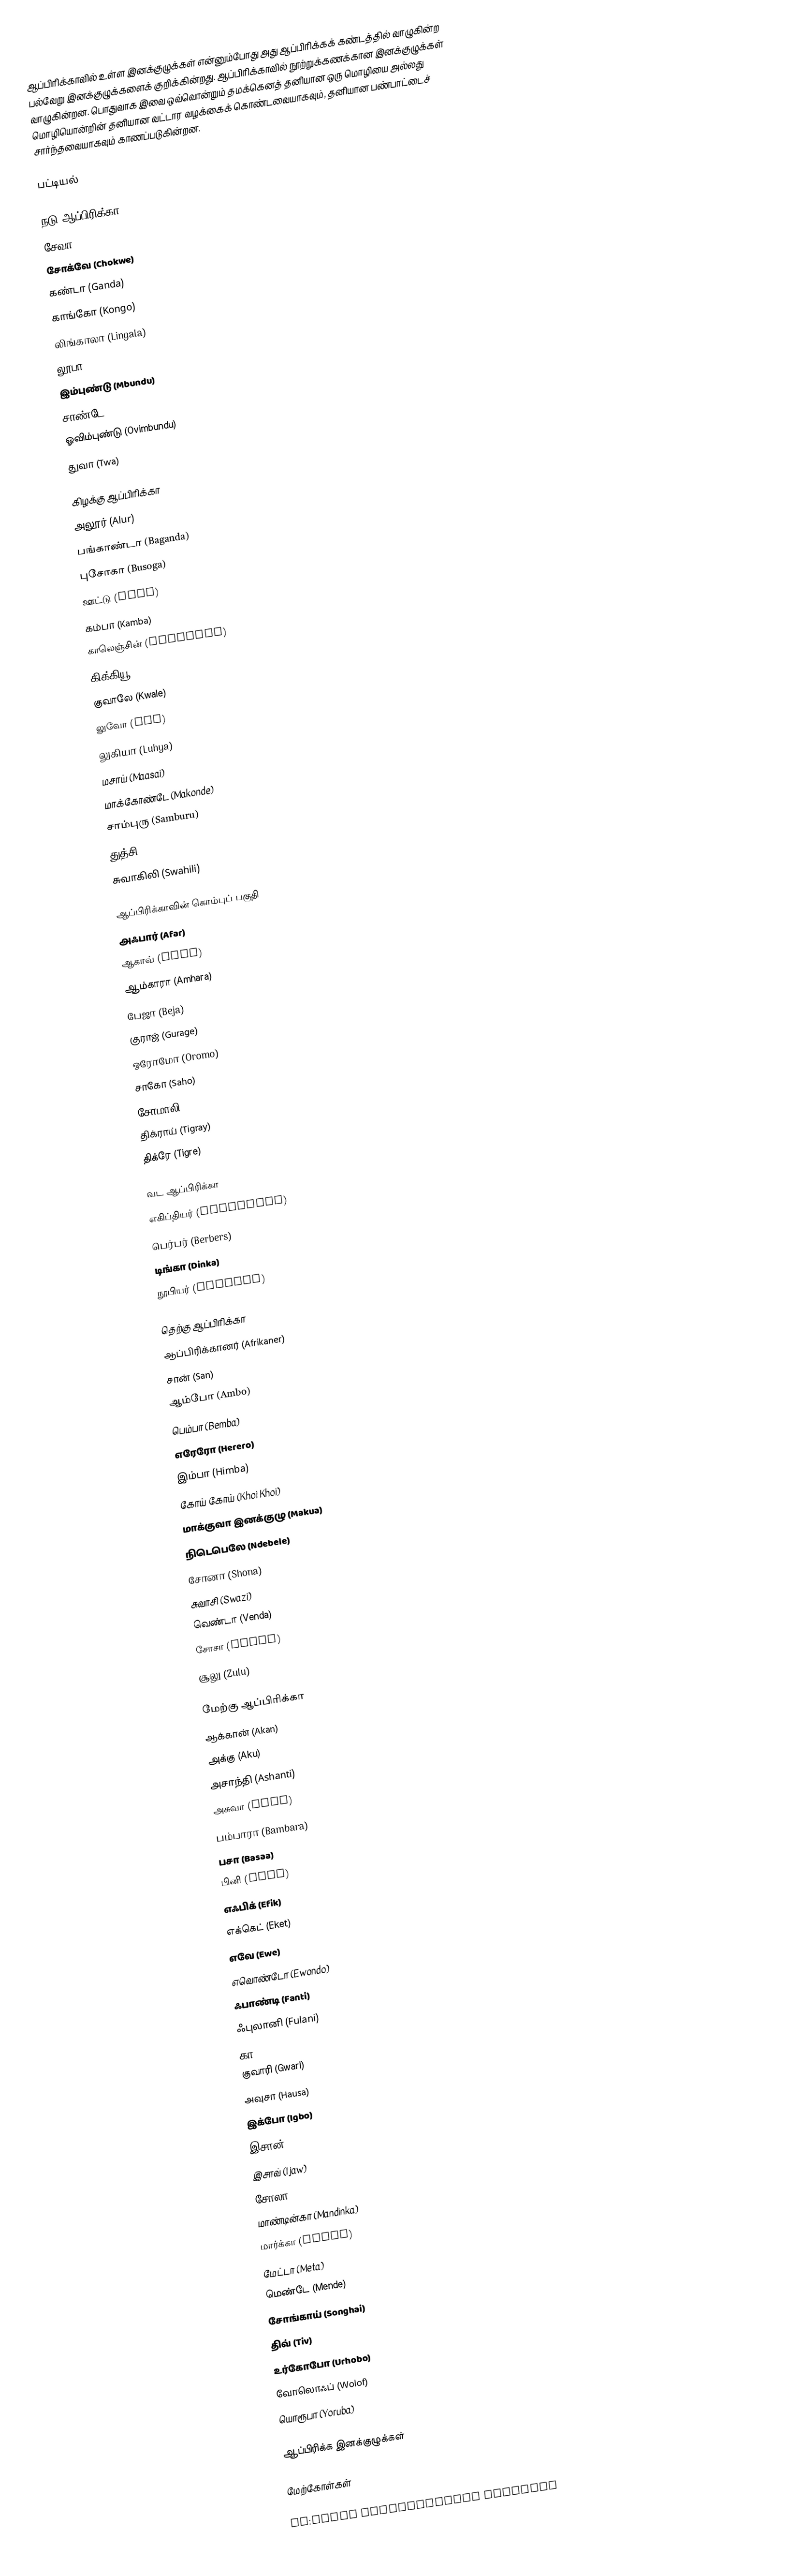
ஆப்பிரிக்காவில் உள்ள இனக்குழுக்கள் என்னும்போது அது ஆப்பிரிக்கக் கண்டத்தில் வாழுகின்ற பல்வேறு இனக்குழுக்களைக் குறிக்கின்றது. ஆப்பிரிக்காவில் நூற்றுக்கணக்கான இனக்குழுக்கள் வாழுகின்றன. பொதுவாக இவை ஒவ்வொன்றும் தமக்கெனத் தனியான ஒரு மொழியை அல்லது மொழியொன்றின் தனியான வட்டார வழக்கைக் கொண்டவையாகவும், தனியான பண்பாட்டைச் சார்ந்தவையாகவும் காணப்படுகின்றன.

பட்டியல்

நடு ஆப்பிரிக்கா
 சேவா (Cewa)
 சோக்வே (Chokwe)
 கண்டா (Ganda)
 காங்கோ (Kongo)
 லிங்காலா (Lingala)
 லூபா (Luba)
 இம்புண்டு (Mbundu)
 சாண்டே (Zande)
 ஓவிம்புண்டு (Ovimbundu)
 துவா (Twa)

கிழக்கு ஆப்பிரிக்கா
 அலூர் (Alur)
 பங்காண்டா (Baganda)
 புசோகா (Busoga)
 ஊட்டு (Hutu)
 கம்பா (Kamba)
 காலெஞ்சின் (Kalenjin)
 கிக்கியூ (Kikuyu)
 குவாலே (Kwale)
 லுவோ (Luo)
 லுகியா (Luhya)
 மசாய் (Maasai)
 மாக்கோண்டே (Makonde)
 சாம்புரு (Samburu)
 துத்சி (Tutsi)
 சுவாகிலி (Swahili)

ஆப்பிரிக்காவின் கொம்புப் பகுதி
 அஃபார் (Afar)
 ஆகாவ் (Agaw)
 ஆம்காரா (Amhara)
 பேஜா (Beja)
 குராஜ் (Gurage)
 ஒரோமோ (Oromo)
 சாகோ (Saho)
 சோமாலி (Somali)
 திக்ராய் (Tigray)
 திக்ரே (Tigre)

வட ஆப்பிரிக்கா
 எகிப்தியர் (Egyptians)
 பெர்பர் (Berbers)
 டிங்கா (Dinka)
 நூபியர் (Nubians)

தெற்கு ஆப்பிரிக்கா
 ஆப்பிரிக்கானர் (Afrikaner)
 சான் (San)
 ஆம்போ (Ambo)
 பெம்பா (Bemba)
 எரேரோ (Herero)
 இம்பா (Himba)
 கோய் கோய் (Khoi Khoi)
 மாக்குவா இனக்குழு (Makua)
 நிடெபெலே (Ndebele)
 சோனா (Shona)
 சுவாசி (Swazi)
 வெண்டா (Venda)
 சோசா (Xhosa)
 சூலு (Zulu)

மேற்கு ஆப்பிரிக்கா
 ஆக்கான் (Akan)
 அக்கு (Aku)
 அசாந்தி (Ashanti)
 அசுவா (Asua)
 பம்பாரா (Bambara)
 பசா (Basaa)
 பினி (Bini)
 எஃபிக் (Efik)
 எக்கெட் (Eket)
 எவே (Ewe)
 எவொண்டோ (Ewondo)
 ஃபாண்டி (Fanti)
 ஃபுலானி (Fulani)
 கா (Ga)
 குவாரி (Gwari)
 அவுசா (Hausa)
 இக்போ (Igbo)
 இசான் (Ishan)
 இசாவ் (Ijaw)
 சோலா (Jola)
 மாண்டின்கா (Mandinka)
 மார்க்கா (Marka)
 மேட்டா (Meta)
 மெண்டே (Mende)
 சோங்காய் (Songhai)
 திவ் (Tiv)
 உர்கோபோ (Urhobo)
 வோலொஃப் (Wolof)
 யொரூபா (Yoruba)

ஆப்பிரிக்க இனக்குழுக்கள்

மேற்கோள்கள்

de:Liste afrikanischer Sprachen